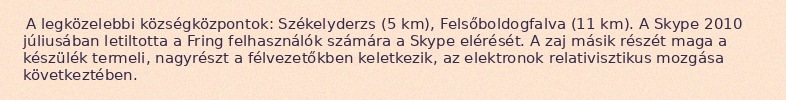
A legközelebbi községközpontok: Székelyderzs (5 km), Felsőboldogfalva (11 km). A Skype 2010 júliusában letiltotta a Fring felhasználók számára a Skype elérését. A zaj másik részét maga a készülék termeli, nagyrészt a félvezetőkben keletkezik, az elektronok relativisztikus mozgása következtében.